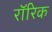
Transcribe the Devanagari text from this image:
रॉरिक